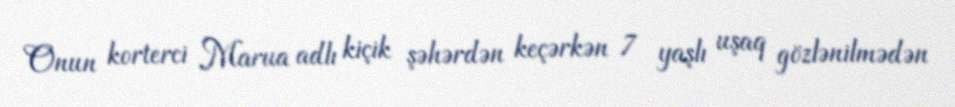
Onun korterci Marua adlı kiçik şəhərdən keçərkən 7 yaşlı uşaq gözlənilmədən